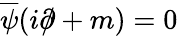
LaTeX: {\overline{{\psi}}}(i{\partial\! \! \! /}+m)=0